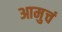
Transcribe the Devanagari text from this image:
आमुचं